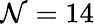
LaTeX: \mathcal{N}=14